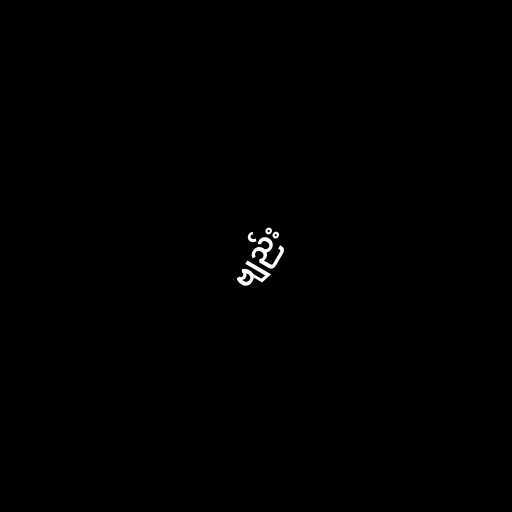
ဗျည်း